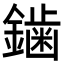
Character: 𮣁